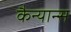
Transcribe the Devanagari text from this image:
कैन्यान्स